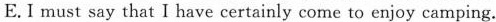
E. I must say that I have certainly come to enjoy camping.